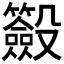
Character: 𣫢